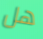
هل